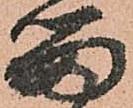
留